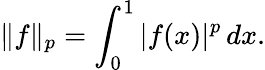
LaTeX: \| f\| _{p}=\int_{0}^{1}|f(x)|^{p}\, dx.